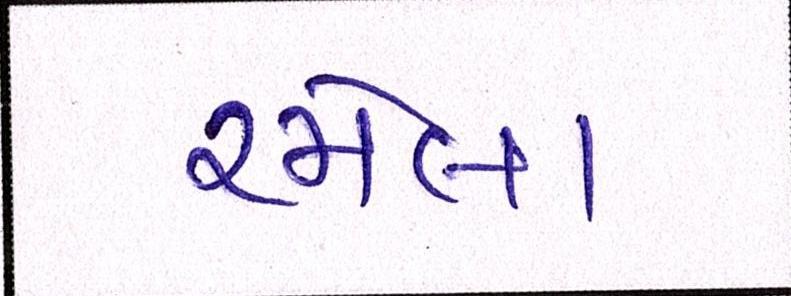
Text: રમેલા